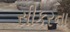
સીકરના